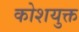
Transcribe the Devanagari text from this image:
कोशयुक्त